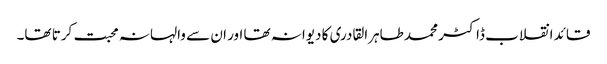
قائد انقلاب ڈاکٹر محمد طاہرالقادری کا دیوانہ تھا اور ان سے والہانہ محبت کرتا تھا۔